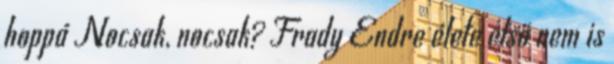
hoppá Nocsak, nocsak? Frady Endre élete első nem is